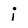
Character: i